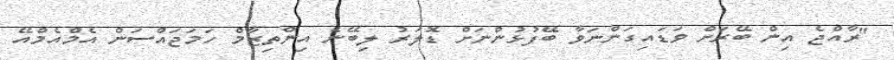
"ރާއްޖެ އިން ބޭރަށް ވަޑައިގަންނަވާ ބޭފުޅުންނަށް ޑޮލަރު ލިބޭނެ އިންތިޒާމް ހަމަޖައްސަން އެމްއެމްއޭ